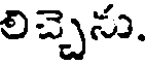
లిచ్చెను.